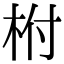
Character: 柎